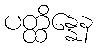
ပတ္ထိန္နေန